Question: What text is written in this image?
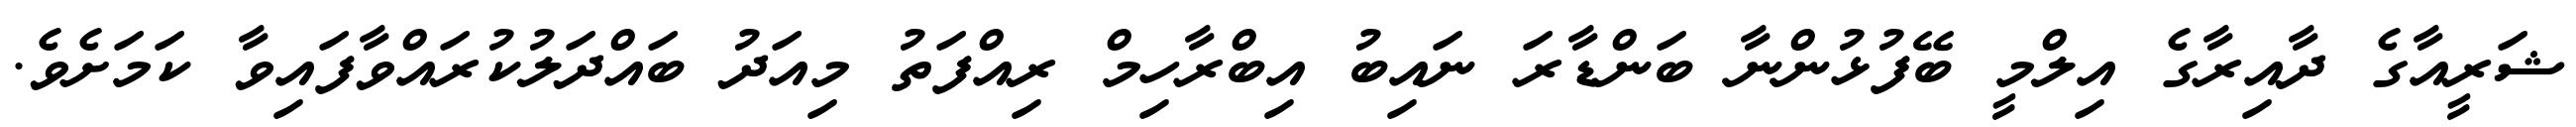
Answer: ޝަރީއާގެ ދާއިރާގެ އިލްމީ ބޭފުޅުންނާ ބަންޑާރަ ނައިބު އިބްރާހިމް ރިއްފަތު މިއަދު ބައްދަލުކުރައްވާފައިވާ ކަމަށެވެ.